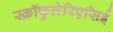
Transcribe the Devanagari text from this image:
स्क्रॉफुलेरिएसिई